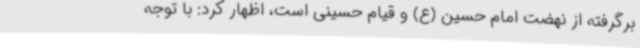
برگرفته از نهضت امام حسین (ع) و قیام حسینی است، اظهار کرد: با توجه